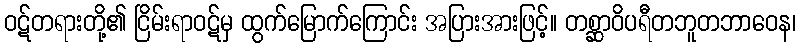
ဝဋ်တရားတို့၏ ငြိမ်းရာဝဋ်မှ ထွက်မြောက်ကြောင်း အပြားအားဖြင့်။ တစ္ဆာဝိပရီတဘူတဘာဝေန၊